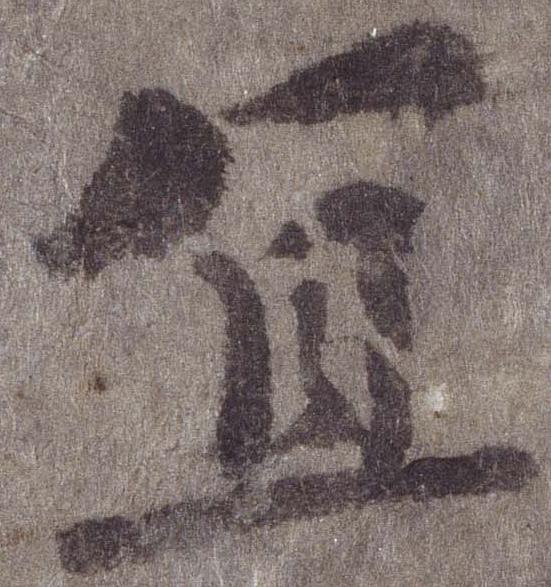
宜